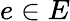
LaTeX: e\in E